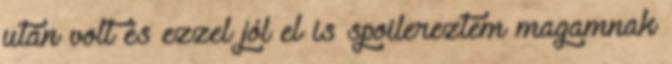
után volt és ezzel jól el is spoilereztem magamnak